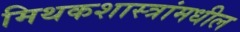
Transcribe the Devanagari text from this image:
मिथकशास्त्रांमधील